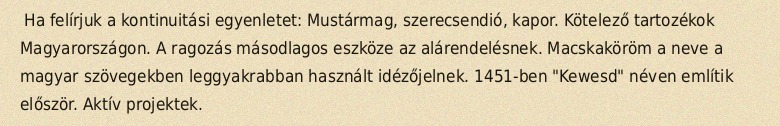
Ha felírjuk a kontinuitási egyenletet: Mustármag, szerecsendió, kapor. Kötelező tartozékok Magyarországon. A ragozás másodlagos eszköze az alárendelésnek. Macskaköröm a neve a magyar szövegekben leggyakrabban használt idézőjelnek. 1451-ben "Kewesd" néven említik először. Aktív projektek.